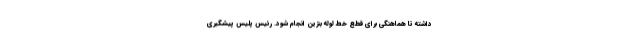
داشته تا هماهنگی برای قطع خط لوله بنزین انجام شود. رئیس پلیس پیشگیری